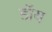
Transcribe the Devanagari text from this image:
डॉय